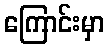
ကြောင်းမှာ